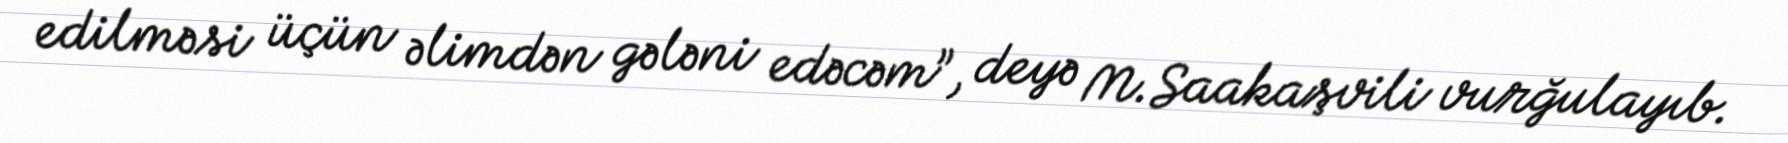
edilməsi üçün əlimdən gələni edəcəm”, deyə M.Saakaşvili vurğulayıb.